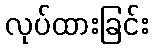
လုပ်ထားခြင်း